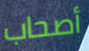
أصحاب